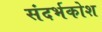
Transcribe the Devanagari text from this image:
संदर्भकोश